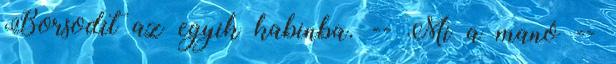
Borsodit az egyik kabinba. -- Mi a manó --